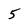
Character: 5